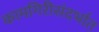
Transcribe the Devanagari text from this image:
कामगिरीसंदर्भात